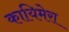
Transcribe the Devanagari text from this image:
कायिमेरा